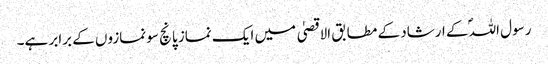
رسول اللہؐ کے ارشاد کے مطابق الاقصیٰ میں ایک نماز پانچ سو نمازوں کے برابر ہے۔